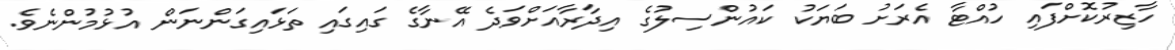
ހާޒިރުކޮށްފައި ހުއްޓާ އެރަށު ބަޔަކު ކައުންސިލުގެ އިދާރާއަށްވަދެ އޭނާގެ ގައިގައި ތަޅައިގަންނަން އުޅުމުންނެވެ.